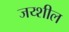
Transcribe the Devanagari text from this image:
जय्शील